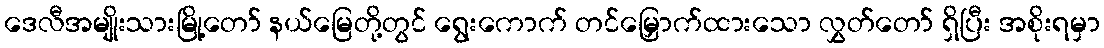
ဒေလီအမျိုးသားမြို့တော် နယ်မြေတို့တွင် ရွေးကောက် တင်မြှောက်ထားသော လွှတ်တော် ရှိပြီး အစိုးရမှာ